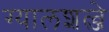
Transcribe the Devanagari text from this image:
ग्यालशल्जे